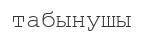
табынушы